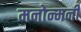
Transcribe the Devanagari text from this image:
मनोन्मनी